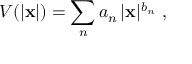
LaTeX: V ( | { \bf x } | ) = \sum _ { n } a _ { n } \, | { \bf x } | ^ { b _ { n } } \ ,